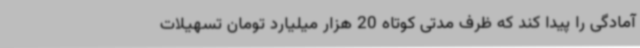
آمادگی را پیدا کند که ظرف مدتی کوتاه 20 هزار میلیارد تومان تسهیلات